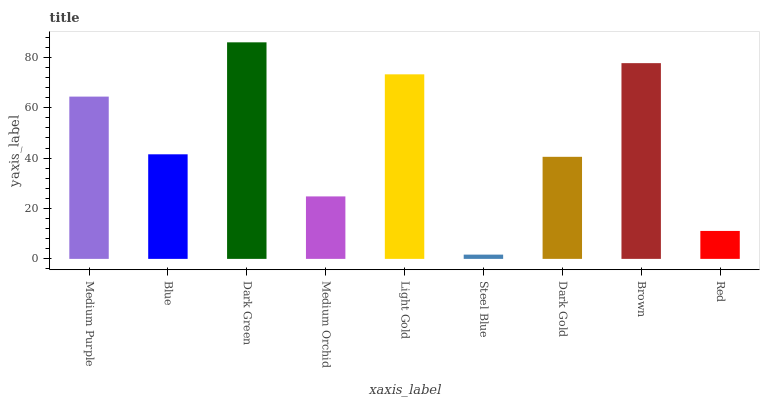
| xaxis_label | bars |
 | --- | --- |
 | Medium Purple | 64.4 |
 | Blue | 41.5 |
 | Dark Green | 85.9 |
 | Medium Orchid | 24.8 |
 | Light Gold | 73.2 |
 | Steel Blue | 1.69 |
 | Dark Gold | 40.5 |
 | Brown | 77.7 |
 | Red | 11.1 |